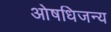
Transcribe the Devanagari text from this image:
ओषधिजन्य